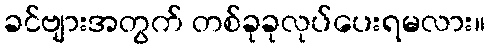
ခင်ဗျားအတွက် တစ်ခုခုလုပ်ပေးရမလား။